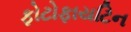
ફોટોફાયટિન